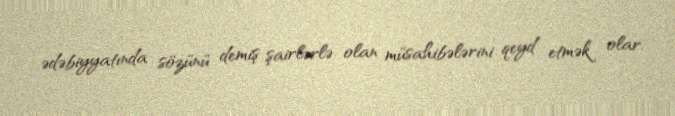
ədəbiyyatında sözünü demiş şairlərlə olan müsahibələrini qeyd etmək olar.